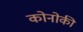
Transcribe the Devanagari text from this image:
कोनोकी